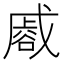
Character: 𮙏